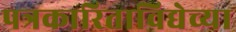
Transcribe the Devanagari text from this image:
पत्रकारिताविद्येच्या